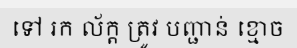
ទៅ រក ល័ក្ត ត្រូវ បញ្ជាន់ ខ្មោច